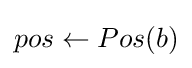
pos\leftarrow Pos(b)